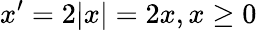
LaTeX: x^{\prime}=2|x|=2x,x\geq 0